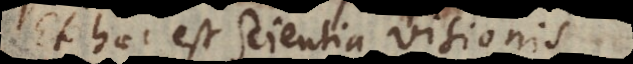
Et haec est scientia visionis